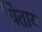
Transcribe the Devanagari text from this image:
पिताय